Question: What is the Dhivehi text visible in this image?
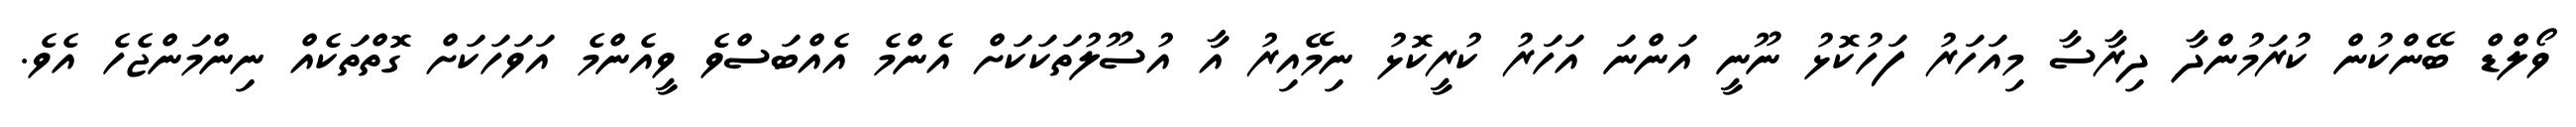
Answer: ވޯލްޑް ބޭންކުން ކުރަމުންދާ ދިރާސާ މިއަހަރު ފަހުކޮޅު ނޫނީ އަންނަ އަހަރު ކުރީކޮޅު ނިމޭއިރު އާ އުސޫލުތަކަކަށް އެންމެ އެއްބަސްވެ ވީއެންމެ އަވަހަކަށް ގޮތްތަކެއް ނިންމަންޖެހެ އެވެ.